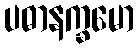
ပဓာနက္ခမော